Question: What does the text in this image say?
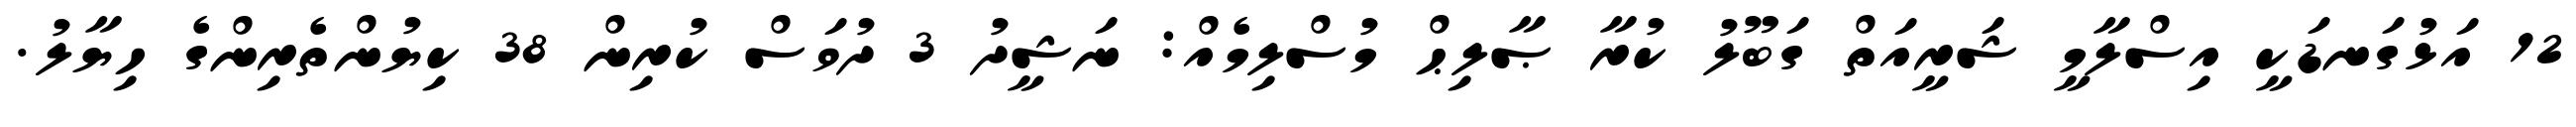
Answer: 12 އަޅުގަނޑަކީ އިސްލާމީ ޝަރީއަތް ގަބޫލު ކުރާ ޞާލިޙް މުސްލިމެއް: ނަޝީދު 3 ދުވަސް ކުރިން 38 ކިޔުންތެރިންގެ ހިޔާލު.